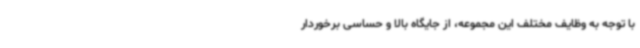
با توجه به وظایف مختلف این مجموعه، از جایگاه بالا و حساسی برخوردار